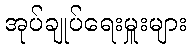
အုပ်ချုပ်ရေးမှူးများ